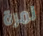
لمرة